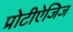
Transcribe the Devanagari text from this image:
प्रोटीऐजिज